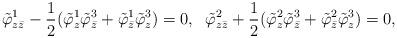
LaTeX: \begin{align*} \tilde \varphi^1_{z\bar z} - \frac{1}{2}(\tilde \varphi^1_{z}\tilde \varphi^3_{\bar z}+\tilde \varphi^1_{\bar z}\tilde \varphi^3_z)=0,\; \; \tilde \varphi^2_{z\bar z} + \frac{1}{2}(\tilde \varphi^2_{z}\tilde \varphi^3_{\bar z}+\tilde \varphi^2_{\bar z}\tilde \varphi^3_z)=0,\end{align*}